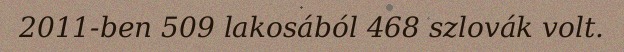
2011-ben 509 lakosából 468 szlovák volt.